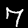
Digit: 7